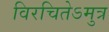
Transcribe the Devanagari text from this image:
विरचितेऽमुत्र